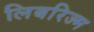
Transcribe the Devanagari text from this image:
लिबरिज्म